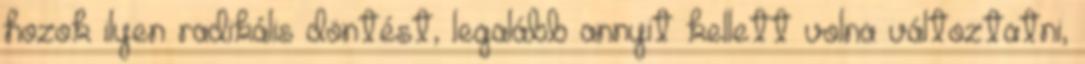
hozok ilyen radikális döntést, legalább annyit kellett volna változtatni,